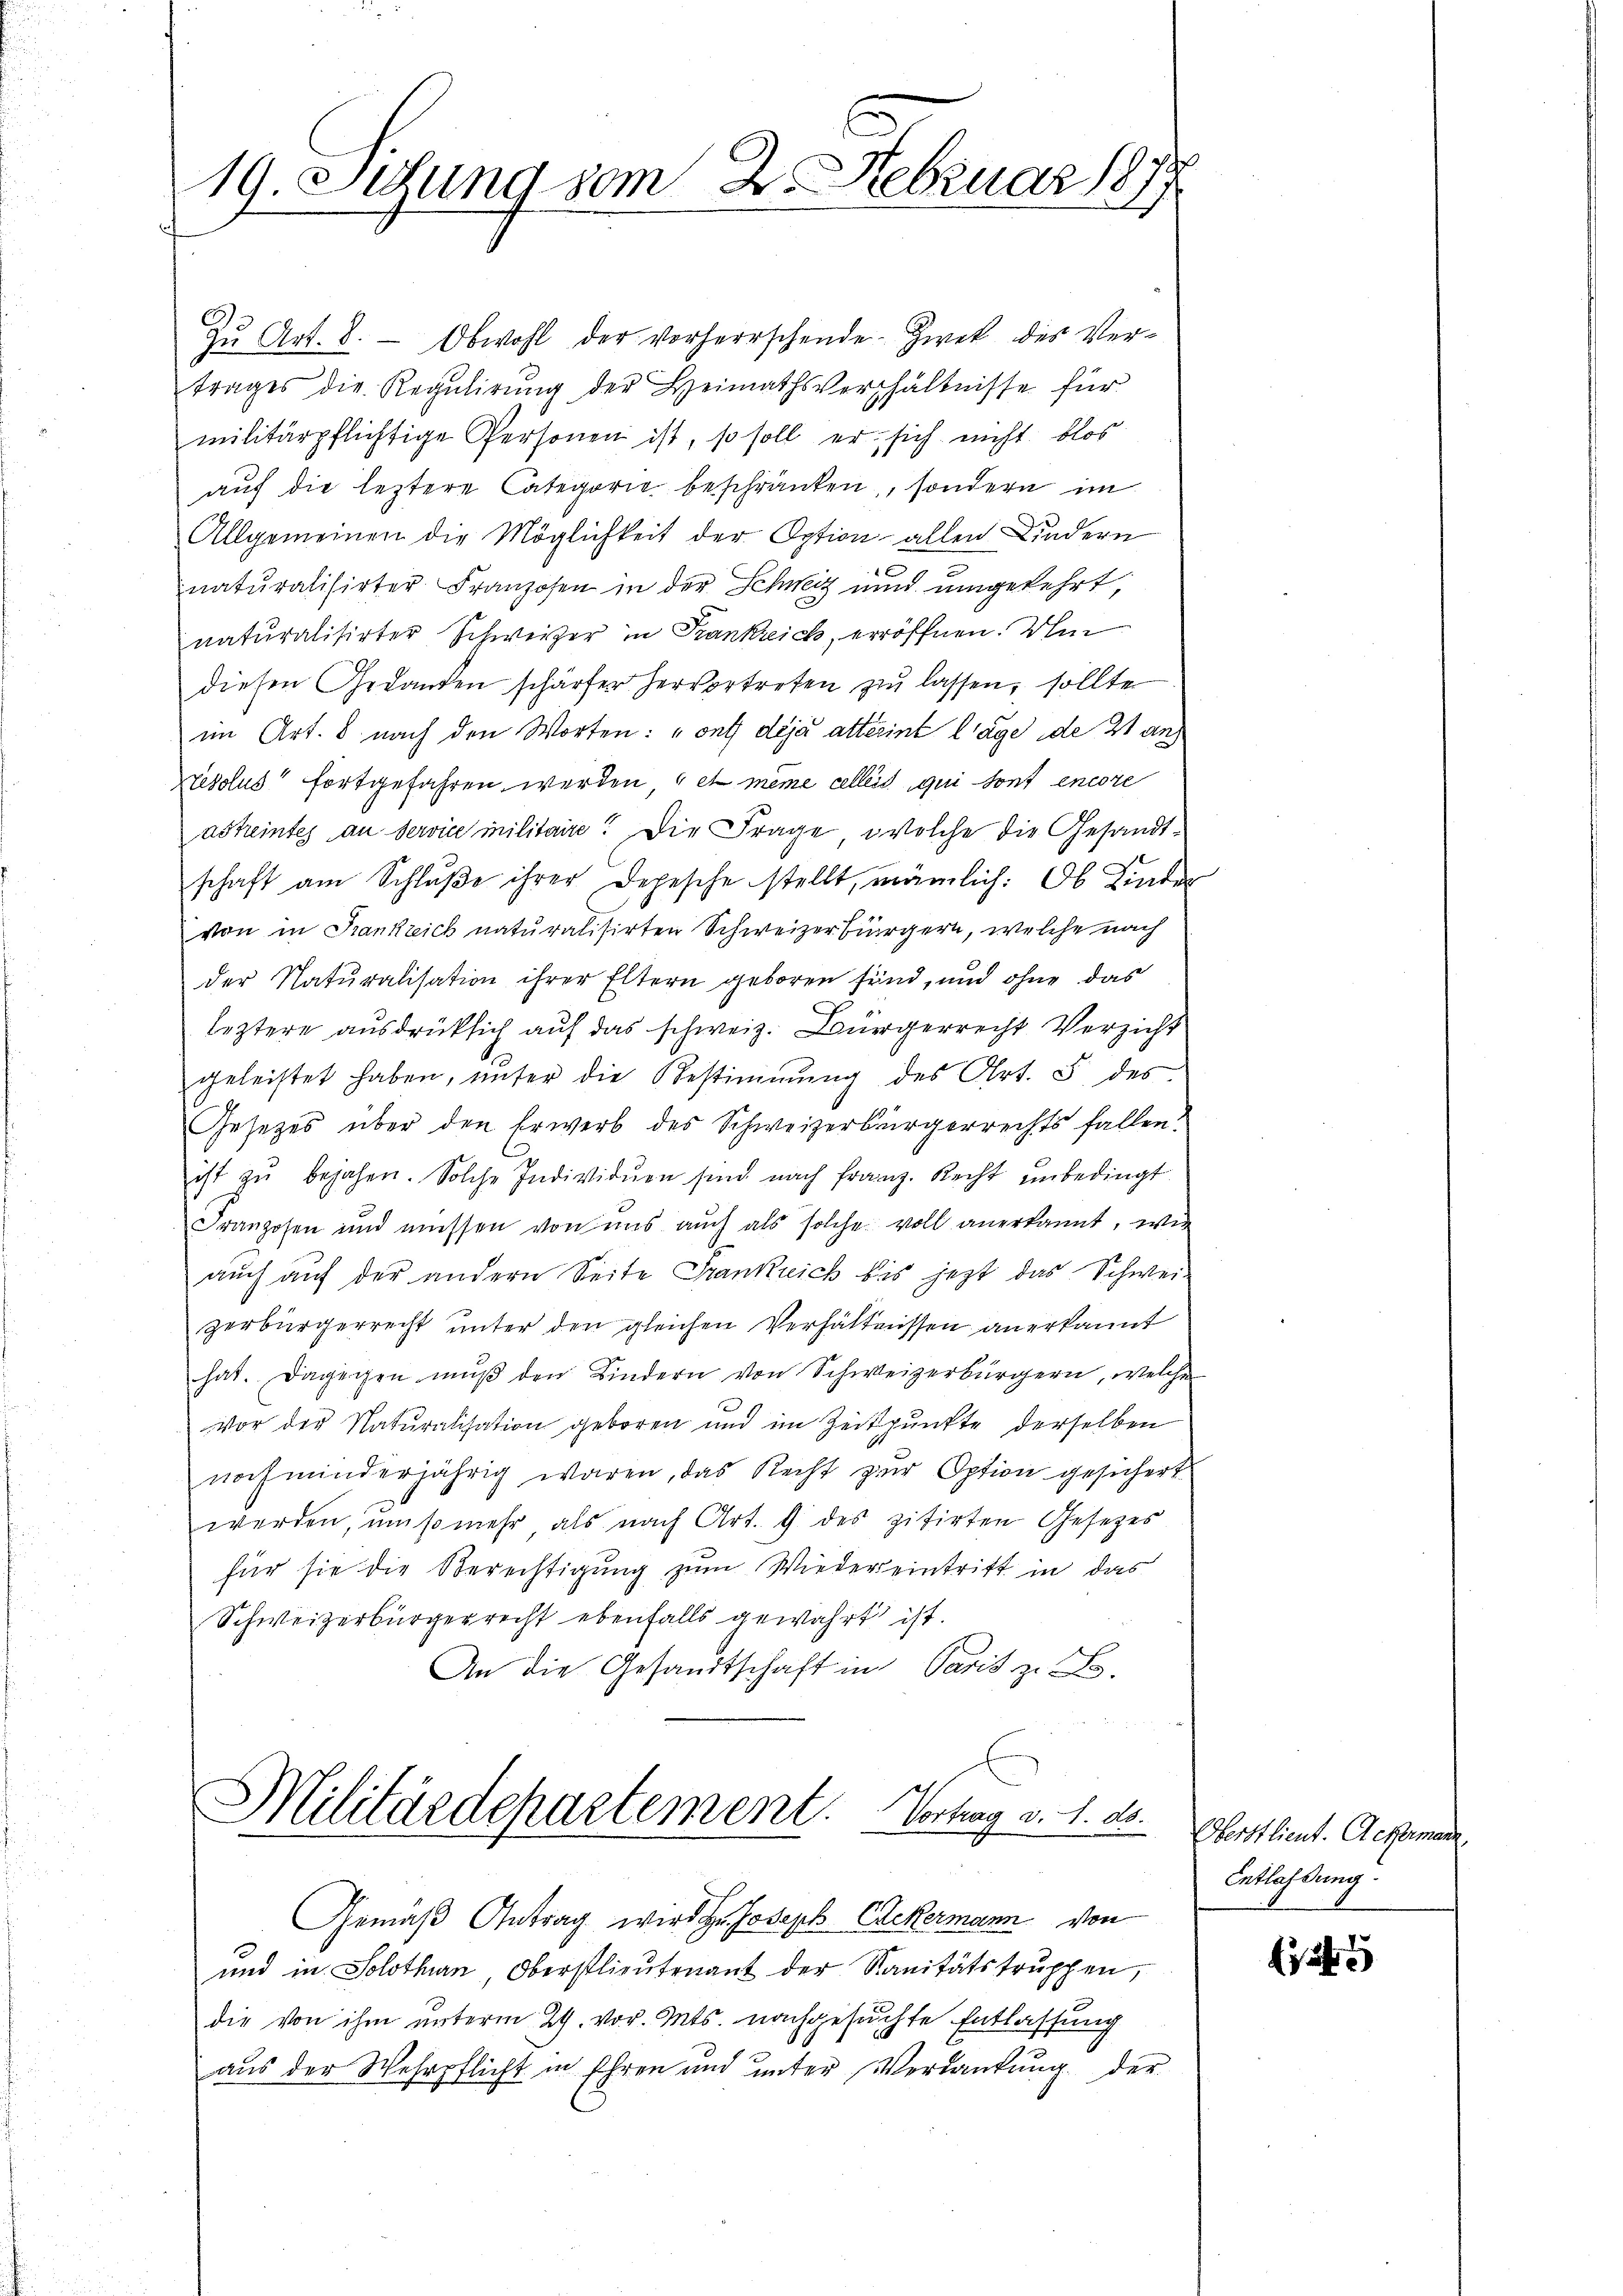
19. Sitzung vom 2. Februar 1879

Zŭ Art. 8. - Obwohl der vorherrschende. Zwek des Vertrages die Regulirung der Heimathsverhältnisse für
militärpflichtige Personen ist, so soll er sich nicht blos
auf die leztere Categorie beschränken, sondern im
Allgemeinen die Möglichkeit der Option allen Kindern
naturalisirter Franzosen in der Schweiz und umgekehrt,
naturalisirter Schweizer in Frankreich, erröffnen. Um
diesen Gedanken schärfer hervortreten zŭ lassen, sollte
im Art. 8 nach den Worten: „ont déjà attérint lage de 21 anz
resolus fortgefahren werden et même celles qui sont encore
astreintes an Service militaire. Die Frage, welche die Gesandtschaft am Schlŭβe ihrer Depesche stellt, nämlich: Ob Linder
von in Krankreich naturalisirten Schweizerbürgern, welche nach
der Naturalisation ihrer Eltern geboren sind, und ohne das
leztere ausdrücklich auf das schweiz. Bürgerrecht Verzicht
geleistet haben, ŭnter die Bestimmung des Art. 5 des
Gesetzes über den Erwerb des Schweizerbürgerrechts fallen.
ist zŭ bejahen. Solche Individuen sind nach Franz. Recht unbedingt
Franzosen und müssen von uns aŭch als solche voll anerkannt, ein
auch auf der andern Seite Frankreich bis jetzt das Schwei-
zerbürgerrecht unter den gleichen Verhältnissen anerkannt
hat. Dagegen muß den Kindern von Schweizerbürgern, welche
Vor der Naturalisation geboren und im Zeitpunkte derselben
noch minderjährig waren, das Recht zur Option gesichert
werden, muß mehr als nach Art. 9 des zitirten Gesetzes
für sie die Berechtigung zum Wiedereintritt in das
Schweizerbürgerrecht ebenfalls gewahrt ist.
An die Gesandtschaft in Paris z. B.
Militärdepartement. Vortrag v. 1. ds.
.
Gemäβ Antrag wird Hr. Joseph Eckermann von
und in Solothurn Oberstlieutenant der Sanitätstrŭppen,
die von ihm unterm 29. vor. Mts. nachgesuchte Entlassung
aus der Wehrpflicht in Ehren und unter Verdankung der

Oberstlieut. Ackermann
Entlassung.

f